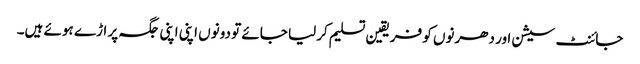
جائنٹ سیشن اور دھرنوں کو فریقین تسلیم کرلیا جائے تو دونوں اپنی اپنی جگہ پر اڑے ہوئے ہیں۔